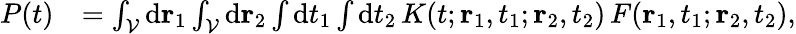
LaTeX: \begin{array}{rl}{P(t)}&{=\int_{\cal V}\mathrm{d}{\mathbf r}_{1}\int_{\cal V}\mathrm{d}{\mathbf r}_{2}\int\mathrm{d}t_{1}\int\mathrm{d}t_{2}\, K(t;{\mathbf r}_{1},t_{1};{\mathbf r}_{2},t_{2})\, F({\mathbf r}_{1},t_{1};{\mathbf r}_{2},t_{2}),}\end{array}